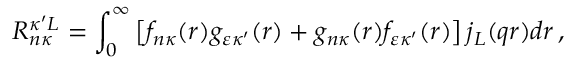
R _ { n \kappa } ^ { \kappa ^ { \prime } L } = \int _ { 0 } ^ { \infty } \left[ f _ { n \kappa } { ( r ) } g _ { \varepsilon \kappa ^ { \prime } } { ( r ) } + g _ { n \kappa } { ( r ) } f _ { \varepsilon \kappa ^ { \prime } } { ( r ) } \right] j _ { L } { ( q r ) } d r \, ,